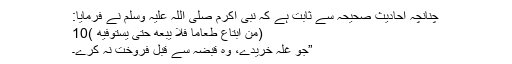
چنانچہ احادیث ِصحیحہ سے ثابت ہے کہ نبی اکرم صلی اللہ علیہ وسلم نے فرمایا:
(مَنِ ابْتَاعَ طَعَامًا فَلاَ یَبِعْهُ حَتَّی یَسْتَوْفِیَهُ )10
”جو غلہ خریدے، وہ قبضہ سے قبل فروخت نہ کرے۔